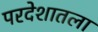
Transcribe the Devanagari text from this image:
परदेशातला